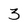
Character: 3